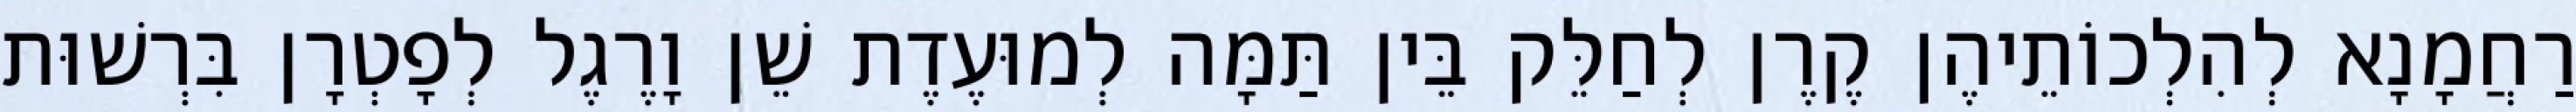
רַחֲמָנָא לְהִלְכוֹתֵיהֶן קֶרֶן לְחַלֵּק בֵּין תַּמָּה לְמוּעֶדֶת שֵׁן וָרֶגֶל לְפָטְרָן בִּרְשׁוּת